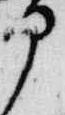
部